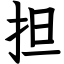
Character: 担